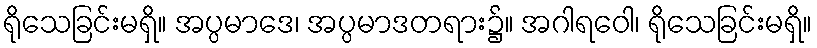
ရိုသေခြင်းမရှိ။ အပ္ပမာဒေ၊ အပ္ပမာဒတရား၌။ အဂါရဝေါ၊ ရိုသေခြင်းမရှိ။